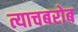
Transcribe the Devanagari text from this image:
त्याचबरोब